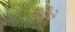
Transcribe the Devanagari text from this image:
नंदीने